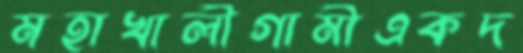
মহাখালীগামীএকদ